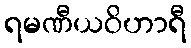
ရမဏီယဝိဟာရီ